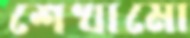
শেখামো